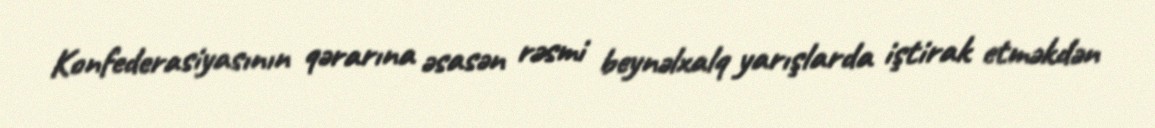
Konfederasiyasının qərarına əsasən rəsmi beynəlxalq yarışlarda iştirak etməkdən